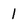
Character: 1